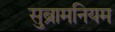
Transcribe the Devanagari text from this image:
सुब्रामनियम